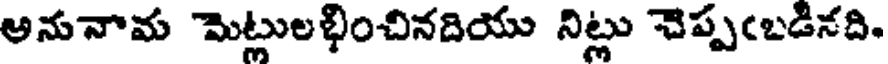
అనునామ మెట్లులభించినదియు నిట్లు చెప్పఁబడినది.